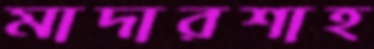
মাদারশাহ